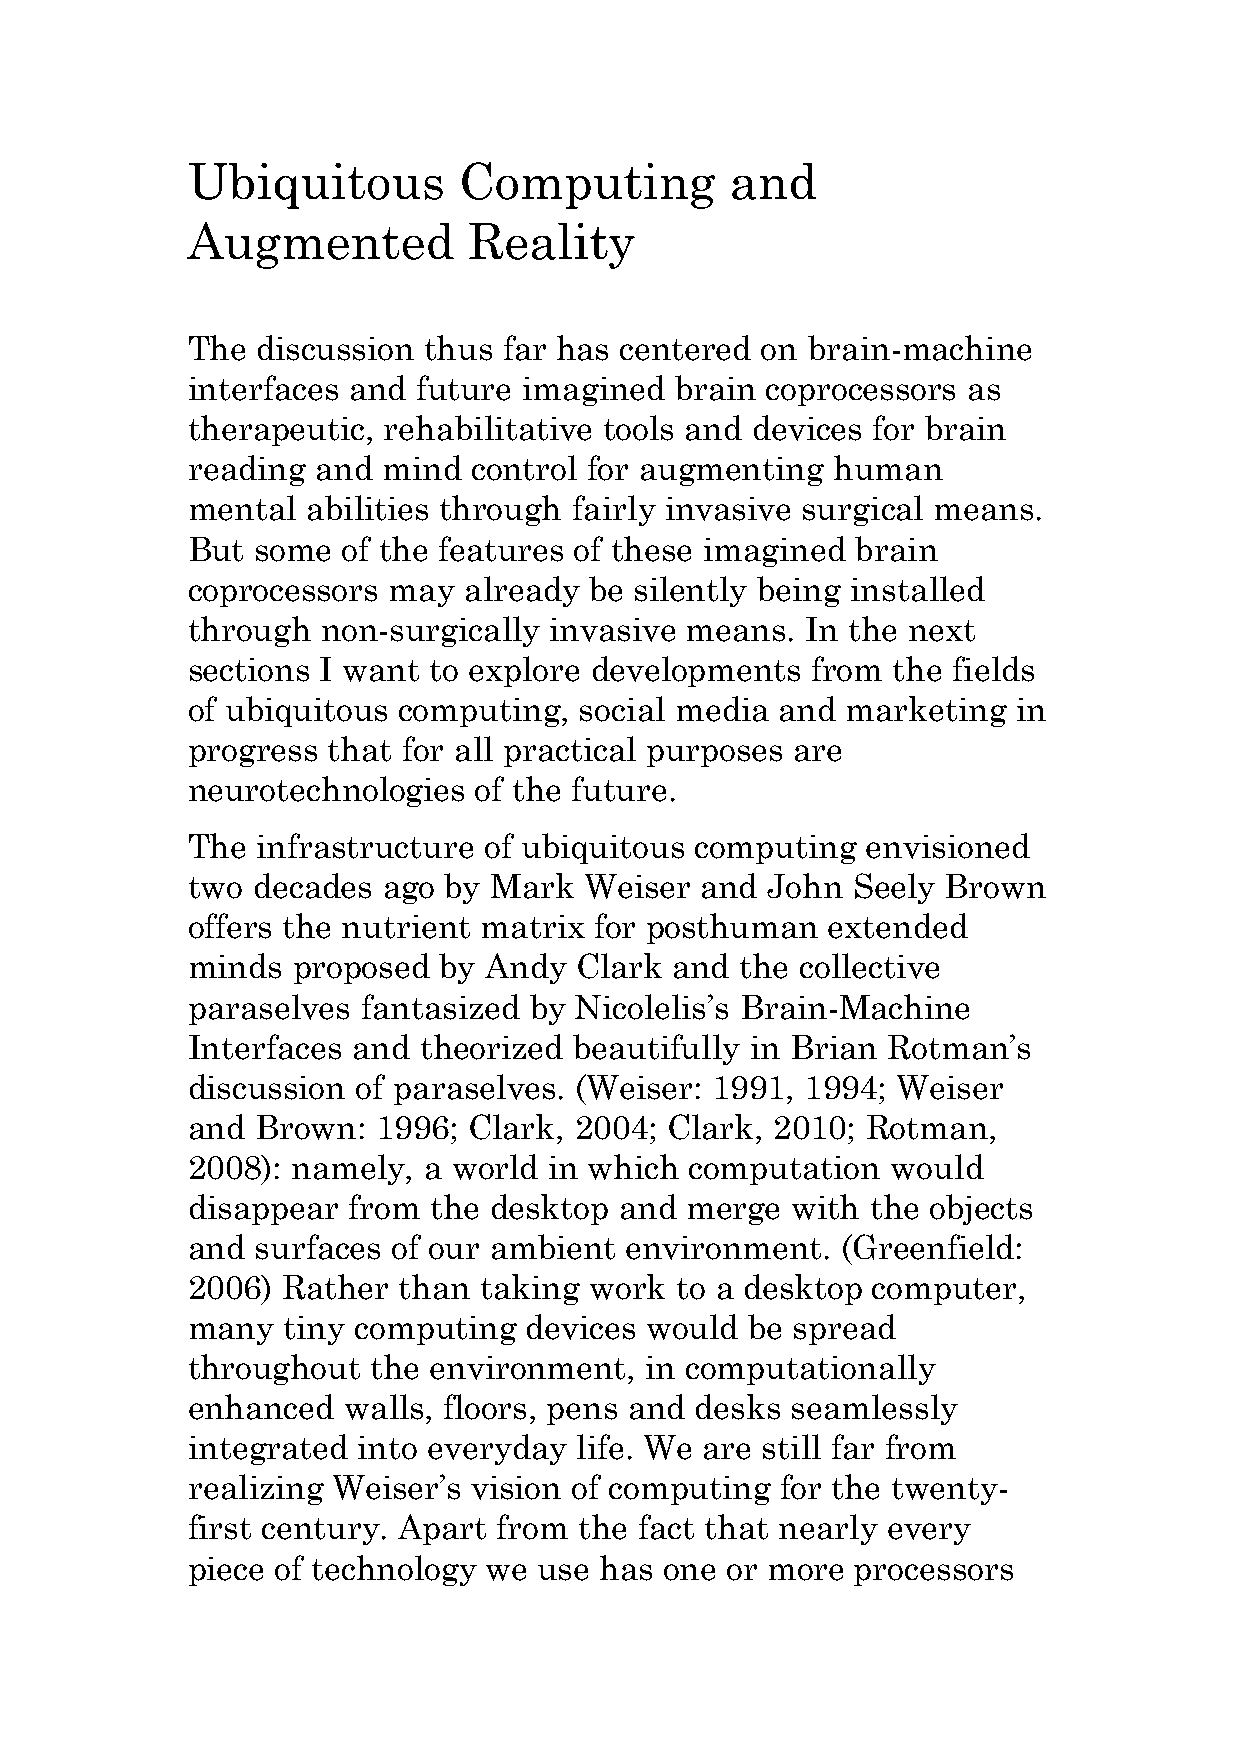
Ubiquitous        Computing         and
 Augmented          Reality
 The  discussion thus far has centered on brain-machine
 interfaces and  future imagined  brain coprocessors as
 therapeutic, rehabilitative tools and devices for brain
 reading  and mind  control for augmenting  human
 mental  abilities through fairly invasive surgical means.
 But  some  of the features of these imagined brain
 coprocessors  may  already be silently being installed
 through  non-surgically invasive means.  In the next
 sections I want to explore developments   from the fields
 of ubiquitous computing,  social media  and marketing  in
 progress  that for all practical purposes are
 neurotechnologies  of the future.
 The  infrastructure of ubiquitous computing  envisioned
 two  decades ago by Mark   Weiser and  John Seely  Brown
 offers the nutrient matrix for posthuman   extended
 minds  proposed  by Andy  Clark  and the collective
 paraselves  fantasized by Nicolelis’s Brain-Machine
 Interfaces and  theorized beautifully in Brian Rotman’s
 discussion  of paraselves. (Weiser: 1991, 1994; Weiser
 and  Brown:  1996; Clark, 2004; Clark, 2010; Rotman,
 2008): namely,  a world in which  computation  would
 disappear  from the desktop  and merge  with  the objects
 and  surfaces of our ambient environment.   (Greenfield:
 2006)  Rather than  taking work  to a desktop computer,
 many   tiny computing  devices would  be spread
 throughout   the environment,  in computationally
 enhanced   walls, floors, pens and desks seamlessly
 integrated  into everyday life. We are still far from
 realizing Weiser’s vision of computing  for the twenty-
 first century. Apart from the fact that nearly every
 piece of technology we  use has one or more  processors